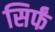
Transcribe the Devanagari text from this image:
सिर्फं